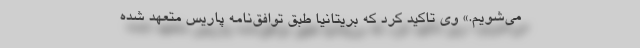
می‌شویم.» وی تاکید کرد که بریتانیا طبق توافق‌نامه پاریس متعهد شده